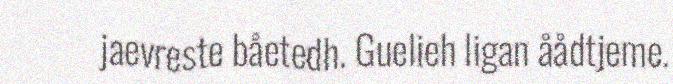
jaevreste båetedh. Guelieh ligan åådtjeme.